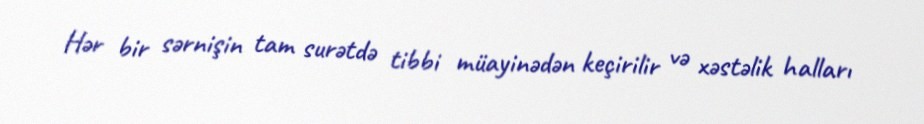
Hər bir sərnişin tam surətdə tibbi müayinədən keçirilir və xəstəlik halları